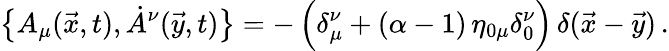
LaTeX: \bigl\{ A_{\mu}(\vec{x},t),\dot{A}^{\nu}(\vec{y},t)\bigr\} =-\, \Bigl(\delta_{\mu}^{\nu}+(\alpha-1)\, \eta_{0\mu}\delta_{0}^{\nu}\Bigr)\, \delta(\vec{x}-\vec{y})\, .